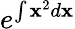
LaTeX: e^{\int\mathbf{x}^{2}d\mathbf{x}}